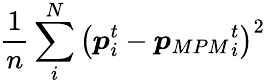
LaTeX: \frac{1}{n}\sum_{i}^{N}\left(\boldsymbol{p}_{i}^{t}-{\boldsymbol{p}_{MPM}}_{i}^{t}\right)^{2}